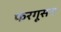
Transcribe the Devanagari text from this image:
फरगूसन